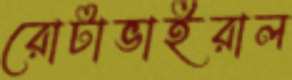
রোটাভাইরাল